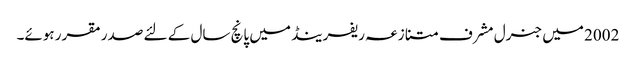
2002 میں جنرل مشرف متنازعہ ریفرینڈ میں پانچ سال کے لئے صدر مقرر ہوئے۔